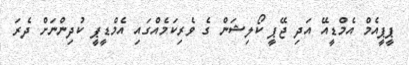
ޕީޕީއެމް އެމްޑީއޭ އަދި ޖޭޕީ ކޯލިޝަން ގެ ވެރިކަމެއްގައި އެމްޑީޕީ ކުދިންނަށް ދެރަ